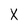
Character: X